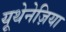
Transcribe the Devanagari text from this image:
यूथेनेज़िया